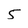
Character: 5